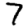
Digit: 7